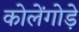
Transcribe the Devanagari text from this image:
कोलेंगोड़े